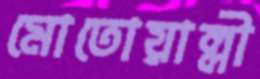
মোতোয়াল্লী